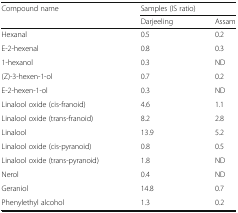
<table><thead><tr><td rowspan="2"><b>Compound name</b></td><td colspan="2"><b>Samples (IS ratio)</b></td></tr><tr><td><b>Darjeeling</b></td><td><b>Assam</b></td></tr></thead><tbody><tr><td>Hexanal</td><td>0.5</td><td>0.2</td></tr><tr><td>E-2-hexenal</td><td>0.8</td><td>0.3</td></tr><tr><td>1-hexanol</td><td>0.3</td><td>ND</td></tr><tr><td>(Z)-3-hexen-1-ol</td><td>0.7</td><td>0.2</td></tr><tr><td>E-2-hexen-1-ol</td><td>0.3</td><td>ND</td></tr><tr><td>Linalool oxide (cis-franoid)</td><td>4.6</td><td>1.1</td></tr><tr><td>Linalool oxide (trans-franoid)</td><td>8.2</td><td>2.8</td></tr><tr><td>Linalool</td><td>13.9</td><td>5.2</td></tr><tr><td>Linalool oxide (cis-pyranoid)</td><td>0.8</td><td>0.5</td></tr><tr><td>Linalool oxide (trans-pyranoid)</td><td>1.8</td><td>ND</td></tr><tr><td>Nerol</td><td>0.4</td><td>ND</td></tr><tr><td>Geraniol</td><td>14.8</td><td>0.7</td></tr><tr><td>Phenylethyl alcohol</td><td>1.3</td><td>0.2</td></tr></tbody></table>